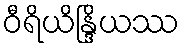
ဝီရိယိန္ဒြိယဿ